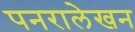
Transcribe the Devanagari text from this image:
पनरालेखन